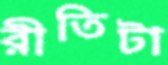
রীতিটা